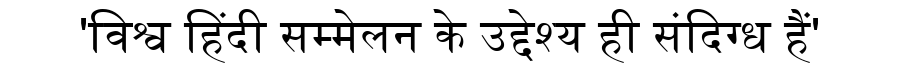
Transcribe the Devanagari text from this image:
'विश्व हिंदी सम्मेलन के उद्देश्य ही संदिग्ध हैं'